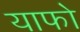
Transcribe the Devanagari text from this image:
याफो